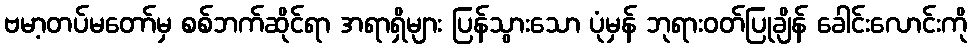
ဗမာ့တပ်မတော်မှ စစ်ဘက်ဆိုင်ရာ အရာရှိများ ပြန်သွားသော ပုံမှန် ဘုရားဝတ်ပြုချိန် ခေါင်းလောင်းကို